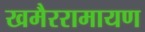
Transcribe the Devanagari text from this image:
खमैररामायण